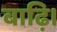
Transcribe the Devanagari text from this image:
बाढ़ि।